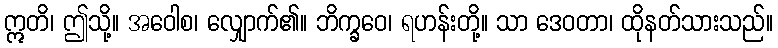
ဣတိ၊ ဤသို့။ အဝေါစ၊ လျှောက်၏။ ဘိက္ခဝေ၊ ရဟန်းတို့။ သာ ဒေဝတာ၊ ထိုနတ်သားသည်။